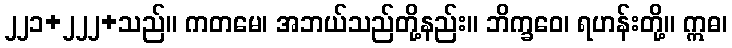
၂၂၁+၂၂၂+သည်။ ကတမေ၊ အဘယ်သည်တို့နည်း။ ဘိက္ခဝေ၊ ရဟန်းတို့။ ဣဓ၊